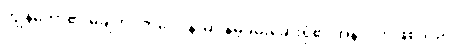
ကျွန်တော်၏ မချိတင်ကဲဝေဒနာမှာ နမ့်ခမ်းဆေးရုံ၏ အနာဂတ်ဖြစ်သည်။